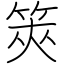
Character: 筴